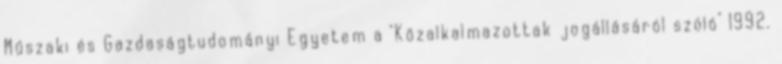
Műszaki és Gazdaságtudományi Egyetem a "Közalkalmazottak jogállásáról szóló" 1992.